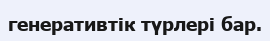
генеративтік түрлері бар.